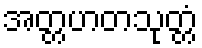
အတ္တဟတသုတ္တံ